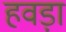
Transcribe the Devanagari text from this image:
हवड़ा